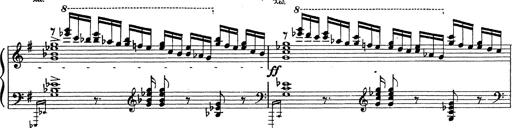
Title: Grosses Konzertsolo
Composer: Franz Liszt